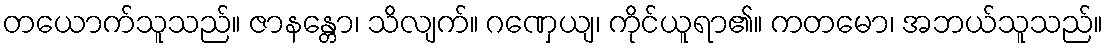
တယောက်သူသည်။ ဇာနန္တော၊ သိလျက်။ ဂဏှေယျ၊ ကိုင်ယူရာ၏။ ကတမော၊ အဘယ်သူသည်။